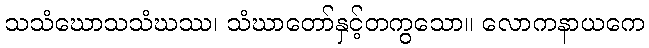
သသံဃောသသံဃဿ၊ သံဃာတော်နှင့်တကွသော။ လောကနာယကေ